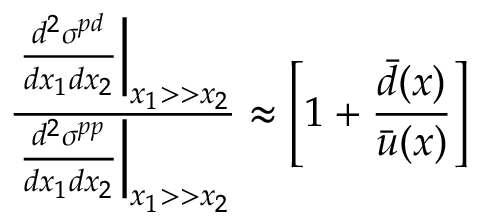
\frac { \left. \frac { d ^ { 2 } \sigma ^ { p d } } { d x _ { 1 } d x _ { 2 } } \right| _ { x _ { 1 } > > x _ { 2 } } } { \left. \frac { d ^ { 2 } \sigma ^ { p p } } { d x _ { 1 } d x _ { 2 } } \right| _ { x _ { 1 } > > x _ { 2 } } } \approx \left[ 1 + \frac { \bar { d } ( { x } ) } { \bar { u } ( { x } ) } \right]